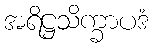
အရိဋ္ဌသိက္ခာပဒံ